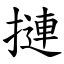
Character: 摙